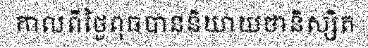
កាលពីថ្ងៃពុធបាននិយាយថានិស្សិត